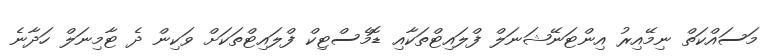
މަސައްކަތް ނިމޭއިރު އިންޓަނޭޝަނަލް ފްލައިޓްތަކާއި ޑޮމެސްޓިކް ފްލައިޓްތަކަށް ވަކިން ދެ ޓާމިނަލް ހަދާނެ